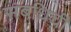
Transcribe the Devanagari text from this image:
संबधिची